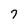
Character: 7